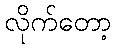
လိုက်တော့